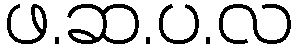
ဖ.ဆ.ပ.လ